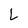
Character: L